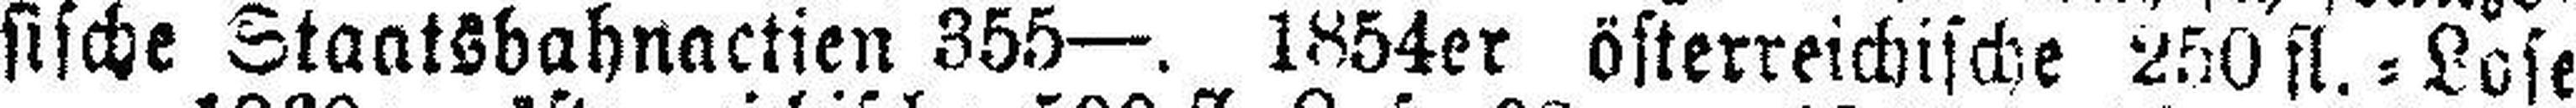
sische Staatsbahnactien 355—. 1854er österreichische 250 fl.=Lose